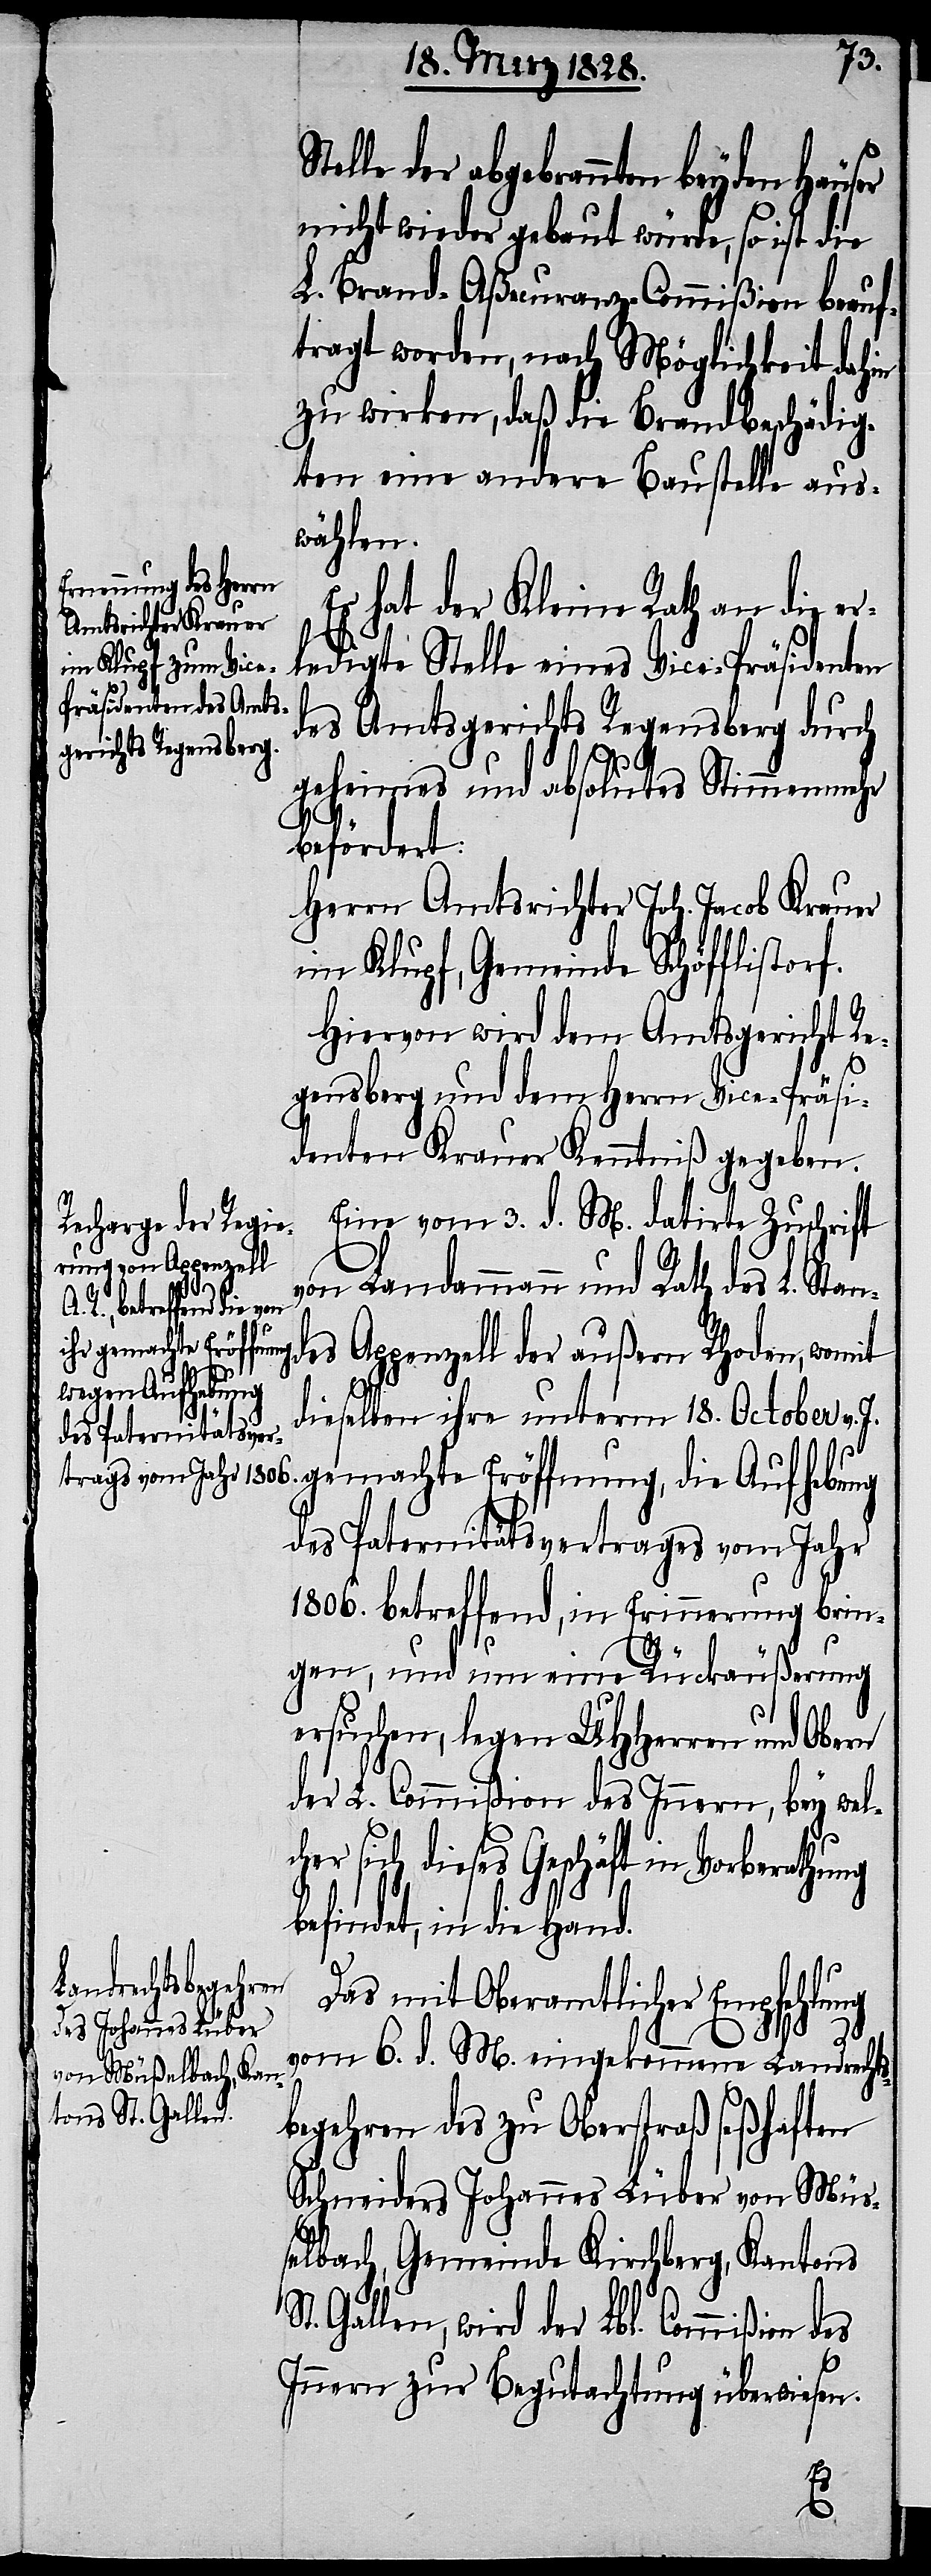
der abgebrannten beyden Häuser
nicht wieder gebaut würde, so ist die
L. Brand-Aßecuranz-Commißion beauf¬
tragt worden, nach Möglichkeit dahin
zu wirken, daß die Brandbeschädig¬
ten eine andere Baustelle aus¬
wählen.
Es hat der Kleine Rath an die er¬
des Amtsgerichts Regensberg durch
geheimes und absolutes Stimmenmehr
befördert:
Herrn Amtsrichter Joh. Jacob Krauer
im Klupf, Gemeinde Schöfflistor¬
Hiervon wird dem Amtsgericht Re¬
gensberg und dem Herrn Vice-Präsi¬
denten Krauer Kenntniß gegeben.
Eine vom 3. d. M. datirte Zuschrift
von Landammann und Rath des L. Stan¬
Vice-Präsidenten
thung
es Appenzell der außern Rhoden, womit
des
dieselben ihre unterm 18. October
v. J. gemachte Eröffnung, die Aufhebung
des Paternitätsvertrages vom Jahr
1806. betreffend, in Erinnerung brin¬
gen, und um eine Rückäußerung
ersuchen, legen UHHerren und Obern
der L. Commißion des Innern, bey wel¬
er sich dieses Geschäft in Vorbera¬
befindet, in die Hand.
Das mit Oberamtlicher Empfehlung
vom 6. d. M. eingekommene Landrechts¬
begehren des zu Oberstraß seßhaften
Schneiders Johannes Lüber von Mü¬
ßelbach, Gemeinde Kirchberg, Kantons
Gallen, wird der Lbl. Commißion
Innern zur Begutachtung überwiesen.